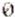
0